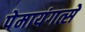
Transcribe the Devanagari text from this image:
पेमायंगत्से